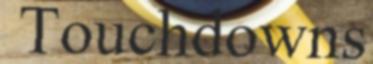
Touchdowns